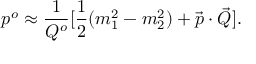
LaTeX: p ^ { o } \approx { \frac { 1 } { Q ^ { o } } } [ { \frac { 1 } { 2 } } ( m _ { 1 } ^ { 2 } - m _ { 2 } ^ { 2 } ) + \vec { p } \cdot \vec { Q } ] .